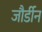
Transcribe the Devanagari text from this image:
जौर्डीन